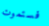
فستموت